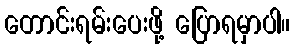
တောင်းရမ်းပေးဖို့ ပြောရမှာပါ။